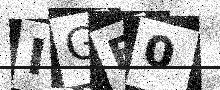
Text: IGB0